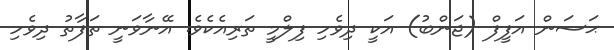
ޙަސަން އަފީފް (ޖަންބު) އަކީ ދިވެހި ފިލްމީ ތަރިއެކެވެ. އޭނާވަނީ ތަފާތު ދިވެހި